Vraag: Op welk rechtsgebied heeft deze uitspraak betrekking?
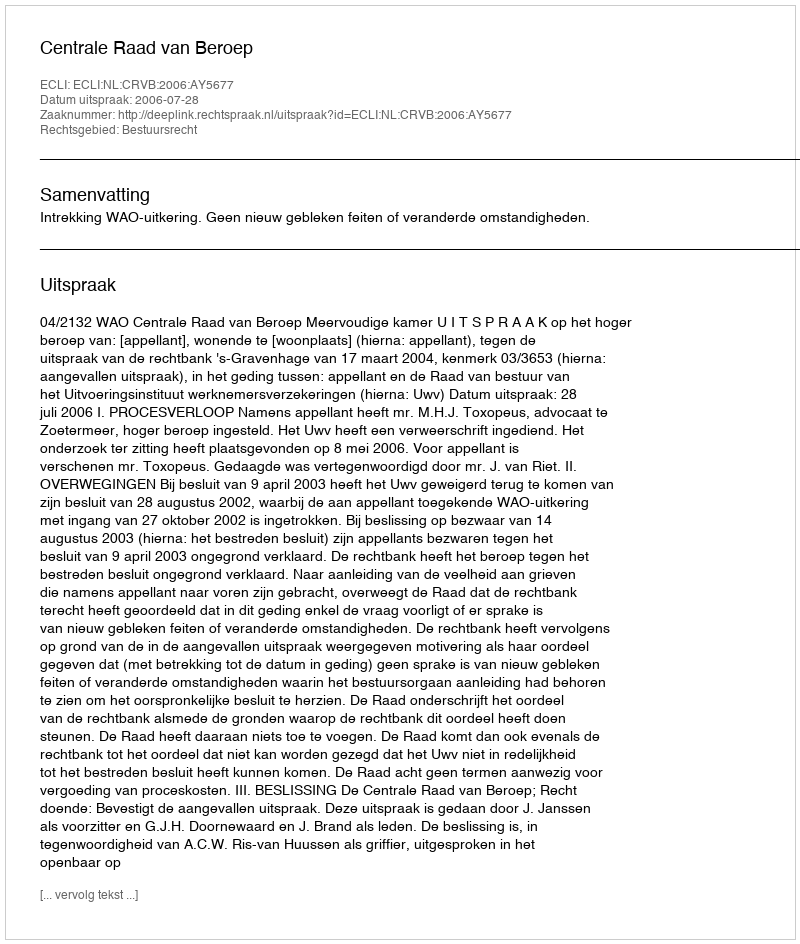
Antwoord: Bestuursrecht